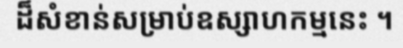
ដ៏សំខាន់សម្រាប់ឧស្សាហកម្មនេះ ។